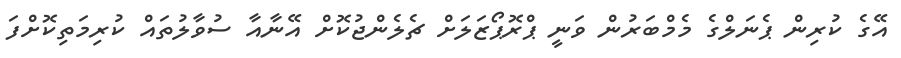
އޭގެ ކުރިން ޕެނަލްގެ މެމްބަރުން ވަނީ ޕްރޮޕޯޒަލަށް ޗެލެންޖުކޮށް އޭނާއާ ސުވާލުތައް ކުރިމަތިކޮށްފަ